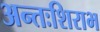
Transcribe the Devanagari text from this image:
अन्तःशिराभ